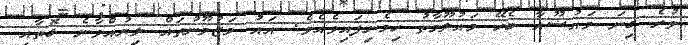
ވުރެ ގިނަ މައުޟޫއާ ބެހޭ މައުލޫމާތު ހިމެނިފައިވެއެވެ. އައު މަޒުމޫނުތައް ލިޔުއްވާނެ ގޮތާއި